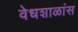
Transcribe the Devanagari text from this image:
वेधशाळांस